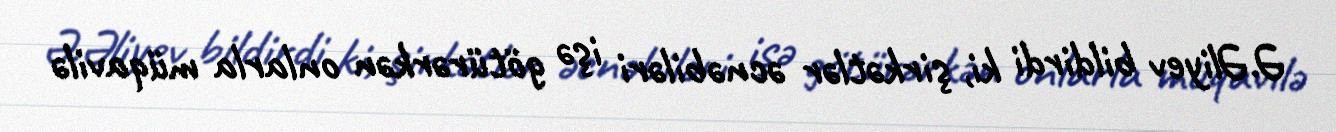
Ə.Əliyev bildirdi ki, şirkətlər əcnəbiləri işə götürərkən onlarla müqavilə